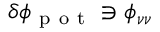
\delta \phi _ { \mathrm { ~ p ~ o ~ t ~ } } \ni \phi _ { \nu \nu }